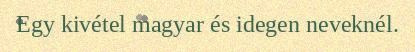
Egy kivétel magyar és idegen neveknél.